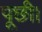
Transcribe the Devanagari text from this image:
पूछी।